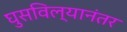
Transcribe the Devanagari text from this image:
घुसविल्यानंतर